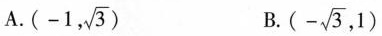
A.(-1, \sqrt{3}) B. (-\sqrt{3},1)